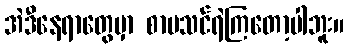
အဲဒီနေရာတွေမှာ စာမသင်ရဲကြတော့ပါဘူး။